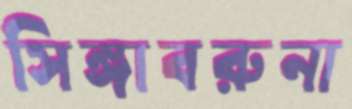
সিঙ্গাবরুনা